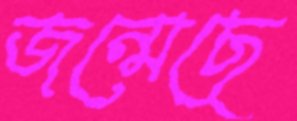
জন্মেছে